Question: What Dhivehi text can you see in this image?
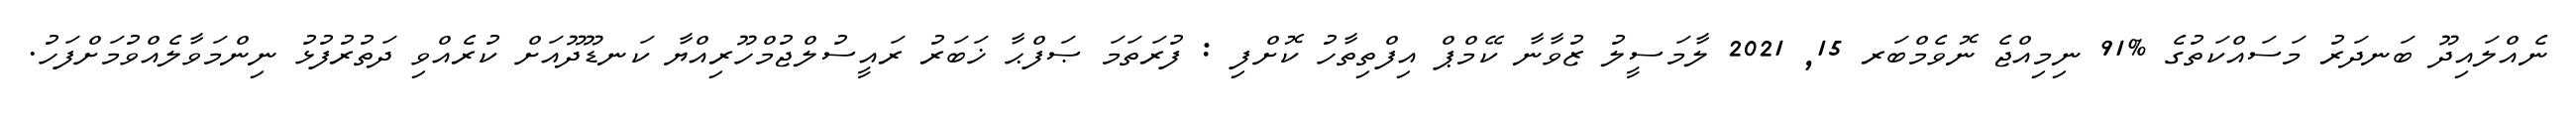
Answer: ނެއްލައިދޫ ބަނދަރު މަސައްކަތުގެ %91 ނިމިއްޖެ ނޮވެމްބަރ 15, 2021 ލާމަސީލު ޒުވާނާ ކޭމްޕް އިފްތިތާހު ކޮށްފި : ފުރަތަމަ ޞަފްޙާ ޚަބަރު ރައީސުލްޖުމްހޫރިއްޔާ ކަނޑޫދޫއަށް ކުރެއްވި ދަތުރުފުޅު ނިންމަވާލެއްވުމަށްފަހު.